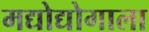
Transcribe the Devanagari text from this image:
मद्योद्योगाला